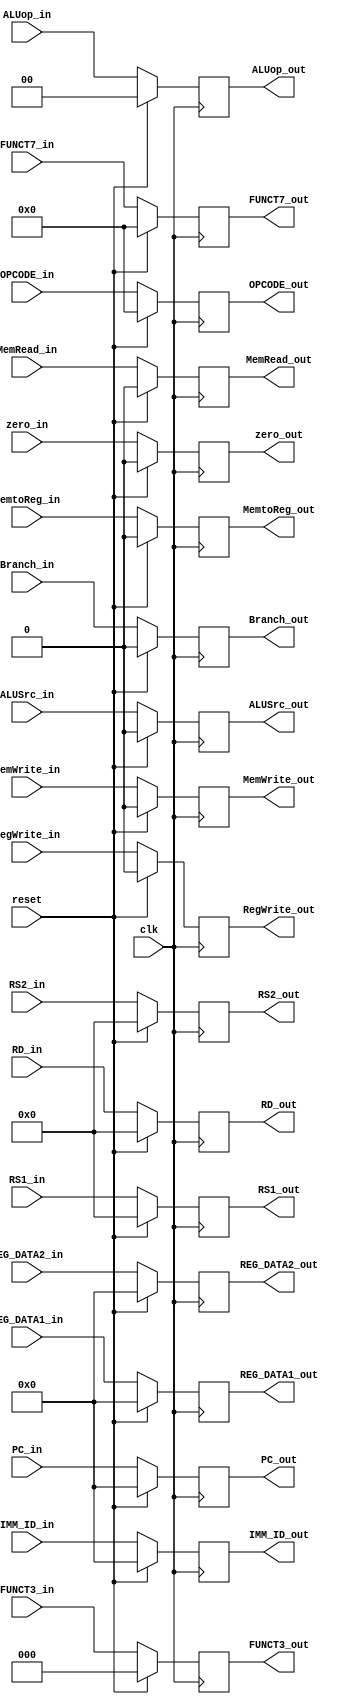
`timescale 1ns / 1ps
//////////////////////////////////////////////////////////////////////////////////
// Company: 
// Engineer: 
// 
// Design Name: 
// Module Name: ID_EX_REGISTER
// Project Name: 
// Target Devices: 
// Tool Versions: 
// Description: 
// 
// Dependencies: 
// 
// Revision:
// Revision 0.01 - File Created
// Additional Comments:
// 
//////////////////////////////////////////////////////////////////////////////////


module ID_EX_REGISTER(input clk,reset,
                      input zero_in,RegWrite_in,MemtoReg_in,MemRead_in,MemWrite_in,Branch_in,ALUSrc_in,
                      input [1:0] ALUop_in,
                      input [2:0] FUNCT3_in,
                      input [4:0] RD_in,
                      input [4:0] RS1_in,
                      input [4:0] RS2_in,
                      input [6:0] FUNCT7_in,
                      input [6:0] OPCODE_in,
                      input [31:0] REG_DATA1_in, REG_DATA2_in,
                      input [31:0] PC_in,
                      input [31:0] IMM_ID_in,
                      output reg zero_out,RegWrite_out,MemtoReg_out,MemRead_out,MemWrite_out,Branch_out,ALUSrc_out,
                      output reg [1:0] ALUop_out,
                      output reg [2:0] FUNCT3_out,
                      output reg [4:0] RD_out,
                      output reg [4:0] RS1_out,
                      output reg [4:0] RS2_out,
                      output reg [6:0] FUNCT7_out,
                      output reg [6:0] OPCODE_out,
                      output reg [31:0] REG_DATA1_out, REG_DATA2_out,
                      output reg [31:0] PC_out,
                      output reg [31:0] IMM_ID_out);
                      
always@(posedge clk) begin
    if (reset) begin
        zero_out <= 1'b0;
        RegWrite_out <= 1'b0;
        MemtoReg_out <= 1'b0;
        MemRead_out <= 1'b0;
        MemWrite_out <= 1'b0;
        Branch_out <= 1'b0;
        ALUSrc_out <= 1'b0;
        ALUop_out <= 2'b0;
        FUNCT3_out <= 3'b0;
        RD_out <= 5'b0;
        RS1_out <= 5'b0;
        RS2_out <= 5'b0;
        FUNCT7_out <= 7'b0;
        OPCODE_out <= 7'b0;
        REG_DATA1_out <= 32'b0;
        REG_DATA2_out <= 32'b0;
        PC_out <= 32'b0;
        IMM_ID_out <= 32'b0;
    end
    else begin
        zero_out <= zero_in;
        RegWrite_out <= RegWrite_in;
        MemtoReg_out <= MemtoReg_in;
        MemRead_out <= MemRead_in;
        MemWrite_out <= MemWrite_in;
        Branch_out <= Branch_in;
        ALUSrc_out <= ALUSrc_in;
        ALUop_out <= ALUop_in;
        FUNCT3_out <= FUNCT3_in;
        RD_out <= RD_in;
        RS1_out <= RS1_in;
        RS2_out <= RS2_in;
        FUNCT7_out <= FUNCT7_in;
        OPCODE_out <= OPCODE_in;
        REG_DATA1_out <= REG_DATA1_in;
        REG_DATA2_out <= REG_DATA2_in;
        PC_out <= PC_in;
        IMM_ID_out <= IMM_ID_in;
    end
end

endmodule